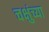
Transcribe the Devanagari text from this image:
चक्षुंच्या